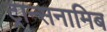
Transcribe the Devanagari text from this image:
ट्रान्सनामिब